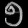
Digit: ၅